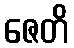
ဇေတိ